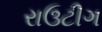
રાઉટીગ